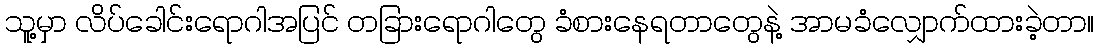
သူ့မှာ လိပ်ခေါင်းရောဂါအပြင် တခြားရောဂါတွေ ခံစားနေရတာတွေနဲ့ အာမခံလျှောက်ထားခဲ့တာ။